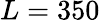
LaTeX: L=350